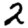
Digit: 2